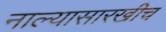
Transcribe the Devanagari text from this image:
नाल्यासारखीच